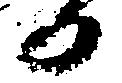
日